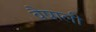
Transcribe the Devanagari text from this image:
वैषाली